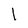
Character: l